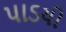
પાડયો